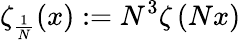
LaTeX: \zeta_{\frac{1}{N}}(x):=N^{3}\zeta\left(Nx\right)